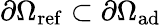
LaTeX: \partial\Omega_{\mathrm{{ref}}}\subset\partial\Omega_{\mathrm{{ad}}}